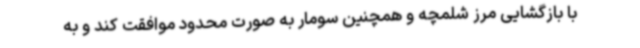
با بازگشایی مرز شلمچه و همچنین سومار به صورت محدود موافقت کند و به